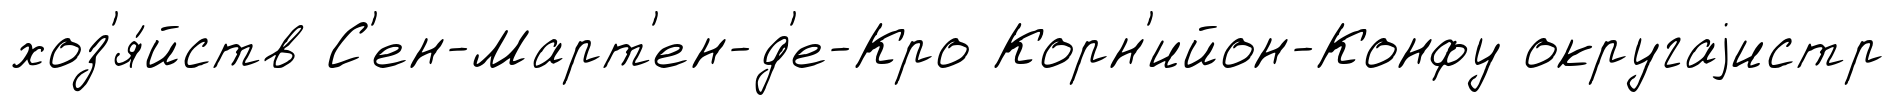
хоз'я́йств С'ен-Март'ен-д'е-Кро Корн'ийон-Конфу округаjистр